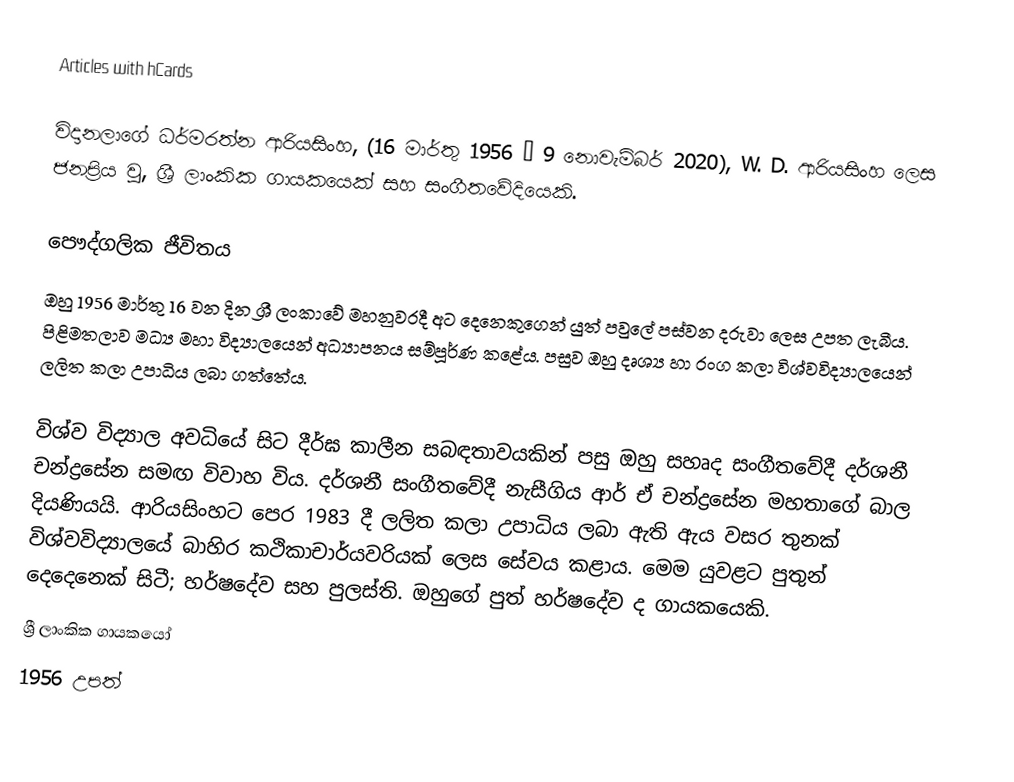
Articles with hCards

විදානලාගේ ධර්මරත්න ආරියසිංහ, (16 මාර්තු 1956 – 9 නොවැම්බර් 2020),  W. D. ආරියසිංහ ලෙස ජනප්‍රිය වු, ශ්‍රී ලාංකික ගායකයෙක් සහ සංගීතවේදියෙකි.

පෞද්ගලික ජීවිතය
ඔහු 1956 මාර්තු 16 වන දින ශ්‍රී ලංකාවේ මහනුවරදී අට දෙනෙකුගෙන් යුත් පවුලේ පස්වන දරුවා ලෙස උපත ලැබීය. පිළිමතලාව මධ්‍ය මහා විද්‍යාලයෙන් අධ්‍යාපනය සම්පූර්ණ කළේය. පසුව ඔහු දෘශ්‍ය හා රංග කලා විශ්වවිද්‍යාලයෙන් ලලිත කලා උපාධිය ලබා ගත්තේය.

විශ්ව විද්‍යාල අවධියේ සිට දීර්ඝ කාලීන සබඳතාවයකින් පසු ඔහු සහෘද සංගීතවේදී දර්ශනී චන්ද්‍රසේන සමඟ විවාහ විය. දර්ශනී සංගීතවේදී නැසීගිය ආර් ඒ චන්ද්‍රසේන මහතාගේ බාල දියණියයි. ආරියසිංහට පෙර 1983 දී ලලිත කලා උපාධිය ලබා ඇති ඇය වසර තුනක් විශ්වවිද්‍යාලයේ බාහිර කථිකාචාර්යවරියක් ලෙස සේවය කළාය.  මෙම යුවළට පුතුන් දෙදෙනෙක් සිටී; හර්ෂදේව සහ පුලස්ති.  ඔහුගේ පුත් හර්ෂදේව ද ගායකයෙකි.
ශ්‍රී ලාංකික ගායකයෝ
1956 උපත්